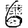
Digit: 6